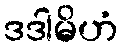
ဒဒါမိဟံ